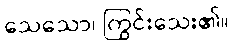
သေသော၊ ကြွင်းသေး၏။